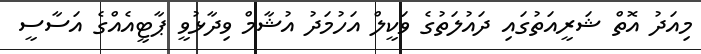
މިއަދު އޮތް ޝަރީއަތުގައި ދައުލަތުގެ ވަކީލް އަހުމަދު އުޝާމް ވިދާޅުވީ ޕާޓީއެއްގެ އަސާސީ